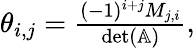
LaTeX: \begin{array}{r}{\theta_{i,j}=\frac{(-1)^{i+j}M_{j,i}}{\textrm{det}(\mathbb{A})},}\end{array}